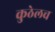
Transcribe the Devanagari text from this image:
कुठेलच